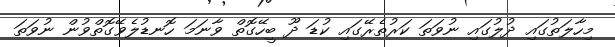
މިހާލަތުގައި ދުލުގައި ނުވަތަ ކަރުތެރޭގައި ކުޑަ ދޫ ބީހޭގޮތް ވާނަމަ ހޮނޑުލެވޭގޮތްވުން ނުވަތަ